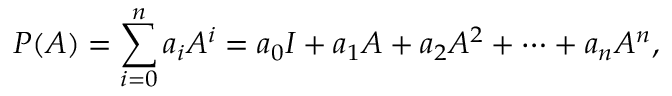
P ( A ) = \sum _ { i = 0 } ^ { n } { a _ { i } A ^ { i } } = a _ { 0 } I + a _ { 1 } A + a _ { 2 } A ^ { 2 } + \cdots + a _ { n } A ^ { n } ,